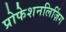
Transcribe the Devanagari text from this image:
प्रोफेशनलिज़िंग